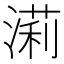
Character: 𣼵